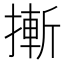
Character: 摲